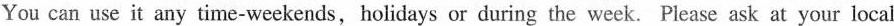
You can use it any time-weekends,holidays or during the week. Please ask at your local